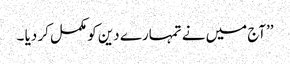
’’آج میں نے تمہارے دین کو مکمل کر دیا ۔